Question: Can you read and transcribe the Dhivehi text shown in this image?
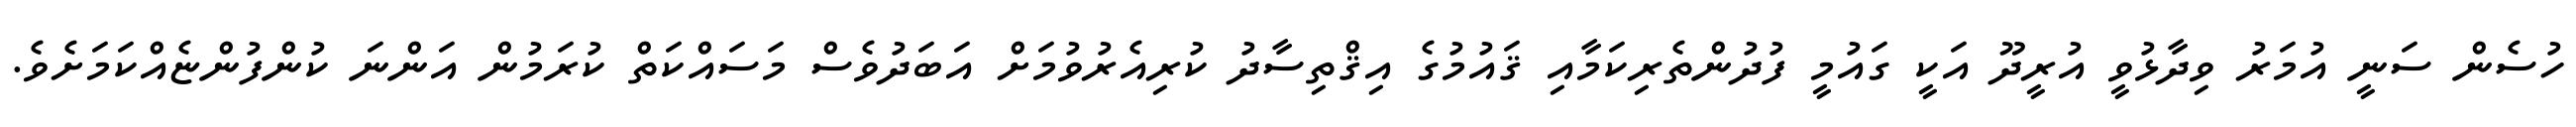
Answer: ހުސެން ސަނީ އުމަރު ވިދާޅުވީ އުރީދޫ އަކީ ގައުމީ ފުދުންތެރިކަމާއި ޤައުމުގެ އިޤްތިސާދު ކުރިއެރުވުމަށް އަބަދުވެސް މަސައްކަތް ކުރަމުން އަންނަ ކުންފުންޏެއްކަމަށެވެ.